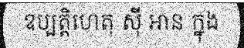
ឧប្បត្តិហេតុ ស៊ី អាន ក្នុង